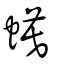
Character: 蟆